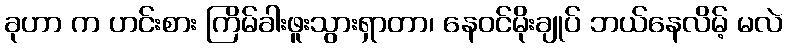
ခုဟာ က ဟင်းစား ကြိမ်ခါးဖူးသွားရှာတာ၊ နေဝင်မိုးချုပ် ဘယ်နေလိမ့် မလဲ